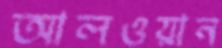
আলওয়ান